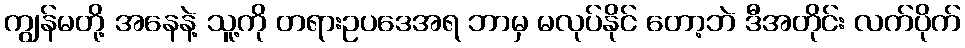
ကျွန်မတို့ အနေနဲ့ သူ့ကို တရားဥပဒေအရ ဘာမှ မလုပ်နိုင် တော့ဘဲ ဒီအတိုင်း လက်ပိုက်